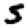
Digit: 5